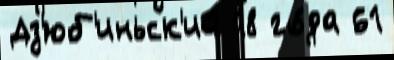
Дз'юб'иньск'ий 18 го́да 61